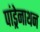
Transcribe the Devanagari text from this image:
पांड्रेनाथन